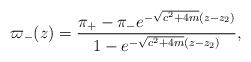
LaTeX: \begin{align*}\varpi_-(z)=\frac{\pi_{+}-\pi_{-} e^{-\sqrt{c^{2}+4 m}\left(z-z_{2}\right)}}{1-e^{-\sqrt{c^{2}+4 m}\left(z-z_{2}\right)}},\end{align*}